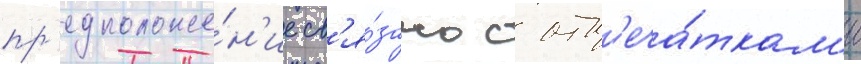
пр'едположе́н'ие св'я́зано с отп'еча́ткам'и